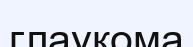
глаукома